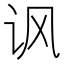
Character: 讽